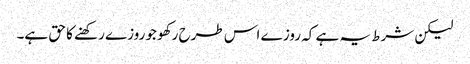
لیکن شرط یہ ہے کہ روز ے اس طرح رکھو جوروزے رکھنے کا حق ہے۔